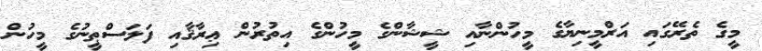
މީގެ ތެރޭގައި އަރްމީނިޔާގެ މީހުންނާއި ޝީޝާންގެ މީހުންގެ އިތުރުން ޢިރާޤާއި ފަލަސްޠީނުގެ މީހުން